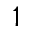
^ 1